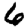
Digit: 6